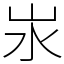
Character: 汖